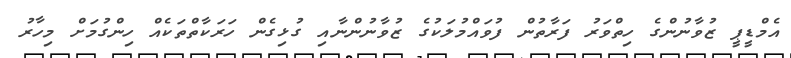
އެމްޑީޕީ ޒުވާނުންގެ ހިތްވަރު ފަރާތުން ފުވައްމުލަކުގެ ޒުވާނުންނާއި ގުޅިގެން ހަރަކާތްތަކެއް ހިންގުމަށް މިހާރު